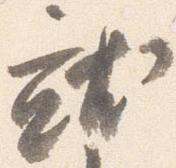
就